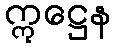
ဣဋ္ဌေန